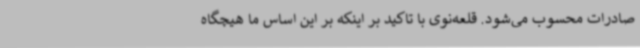
صادرات محسوب می‌شود. قلعه‌نوی با تاکید بر اینکه بر این اساس ما هیچگاه